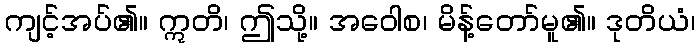
ကျင့်အပ်၏။ ဣတိ၊ ဤသို့။ အဝေါစ၊ မိန့်တော်မူ၏။ ဒုတိယံ၊